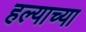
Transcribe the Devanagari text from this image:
हल्याच्या